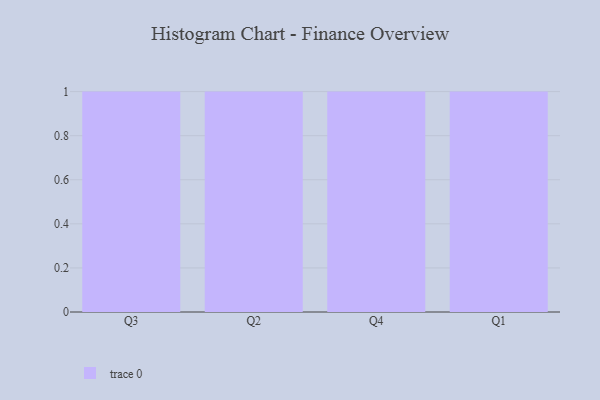
{"axis": {"x": "Quarter", "y": "Page Views"}, "legend": [""], "data": [{"x": "Q3", "y": 84, "type": ""}, {"x": "Q2", "y": 6, "type": ""}, {"x": "Q4", "y": 66, "type": ""}, {"x": "Q1", "y": 54, "type": ""}]}